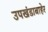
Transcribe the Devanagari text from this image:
उपखंडाबाहेर